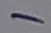
Text: -